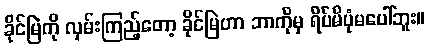
ခိုင်မြဲကို လှမ်းကြည့်တော့ ခိုင်မြဲဟာ ဘာကိုမှ ရိပ်မိပုံမပေါ်ဘူး။